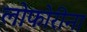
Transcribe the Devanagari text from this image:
लोफोरीना